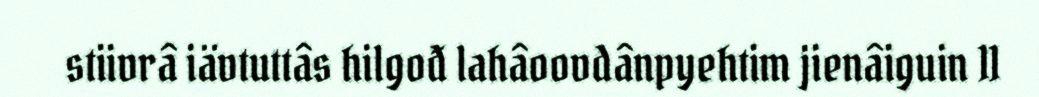
stiivrâ iävtuttâs hilgođ lahâoovdânpyehtim jienâiguin 11